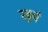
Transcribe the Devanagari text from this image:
रइयं